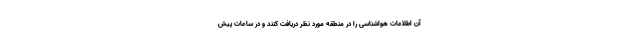
آن اطلاعات هواشناسی را در منطقه مورد نظر دریافت کنند و در ساعات پیش